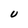
Character: U